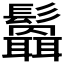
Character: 𩯻